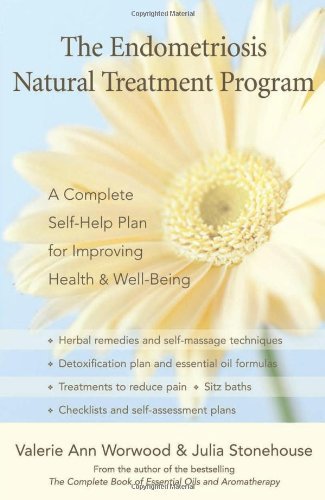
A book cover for The Endometriosis Natural Treatment Program: A Complete Self-Help Plan for Improving Health and Well-Being [Paperback] [2007] (Author) Valerie Ann Worwood, Julia Stonehouse; Health, Fitness & Dieting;